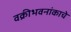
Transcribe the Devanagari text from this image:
वक्रीभवनांकाचे